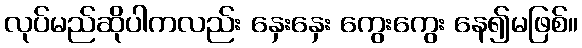
လုပ်မည်ဆိုပါကလည်း နှေးနှေး ကွေးကွေး နေ၍မဖြစ်။